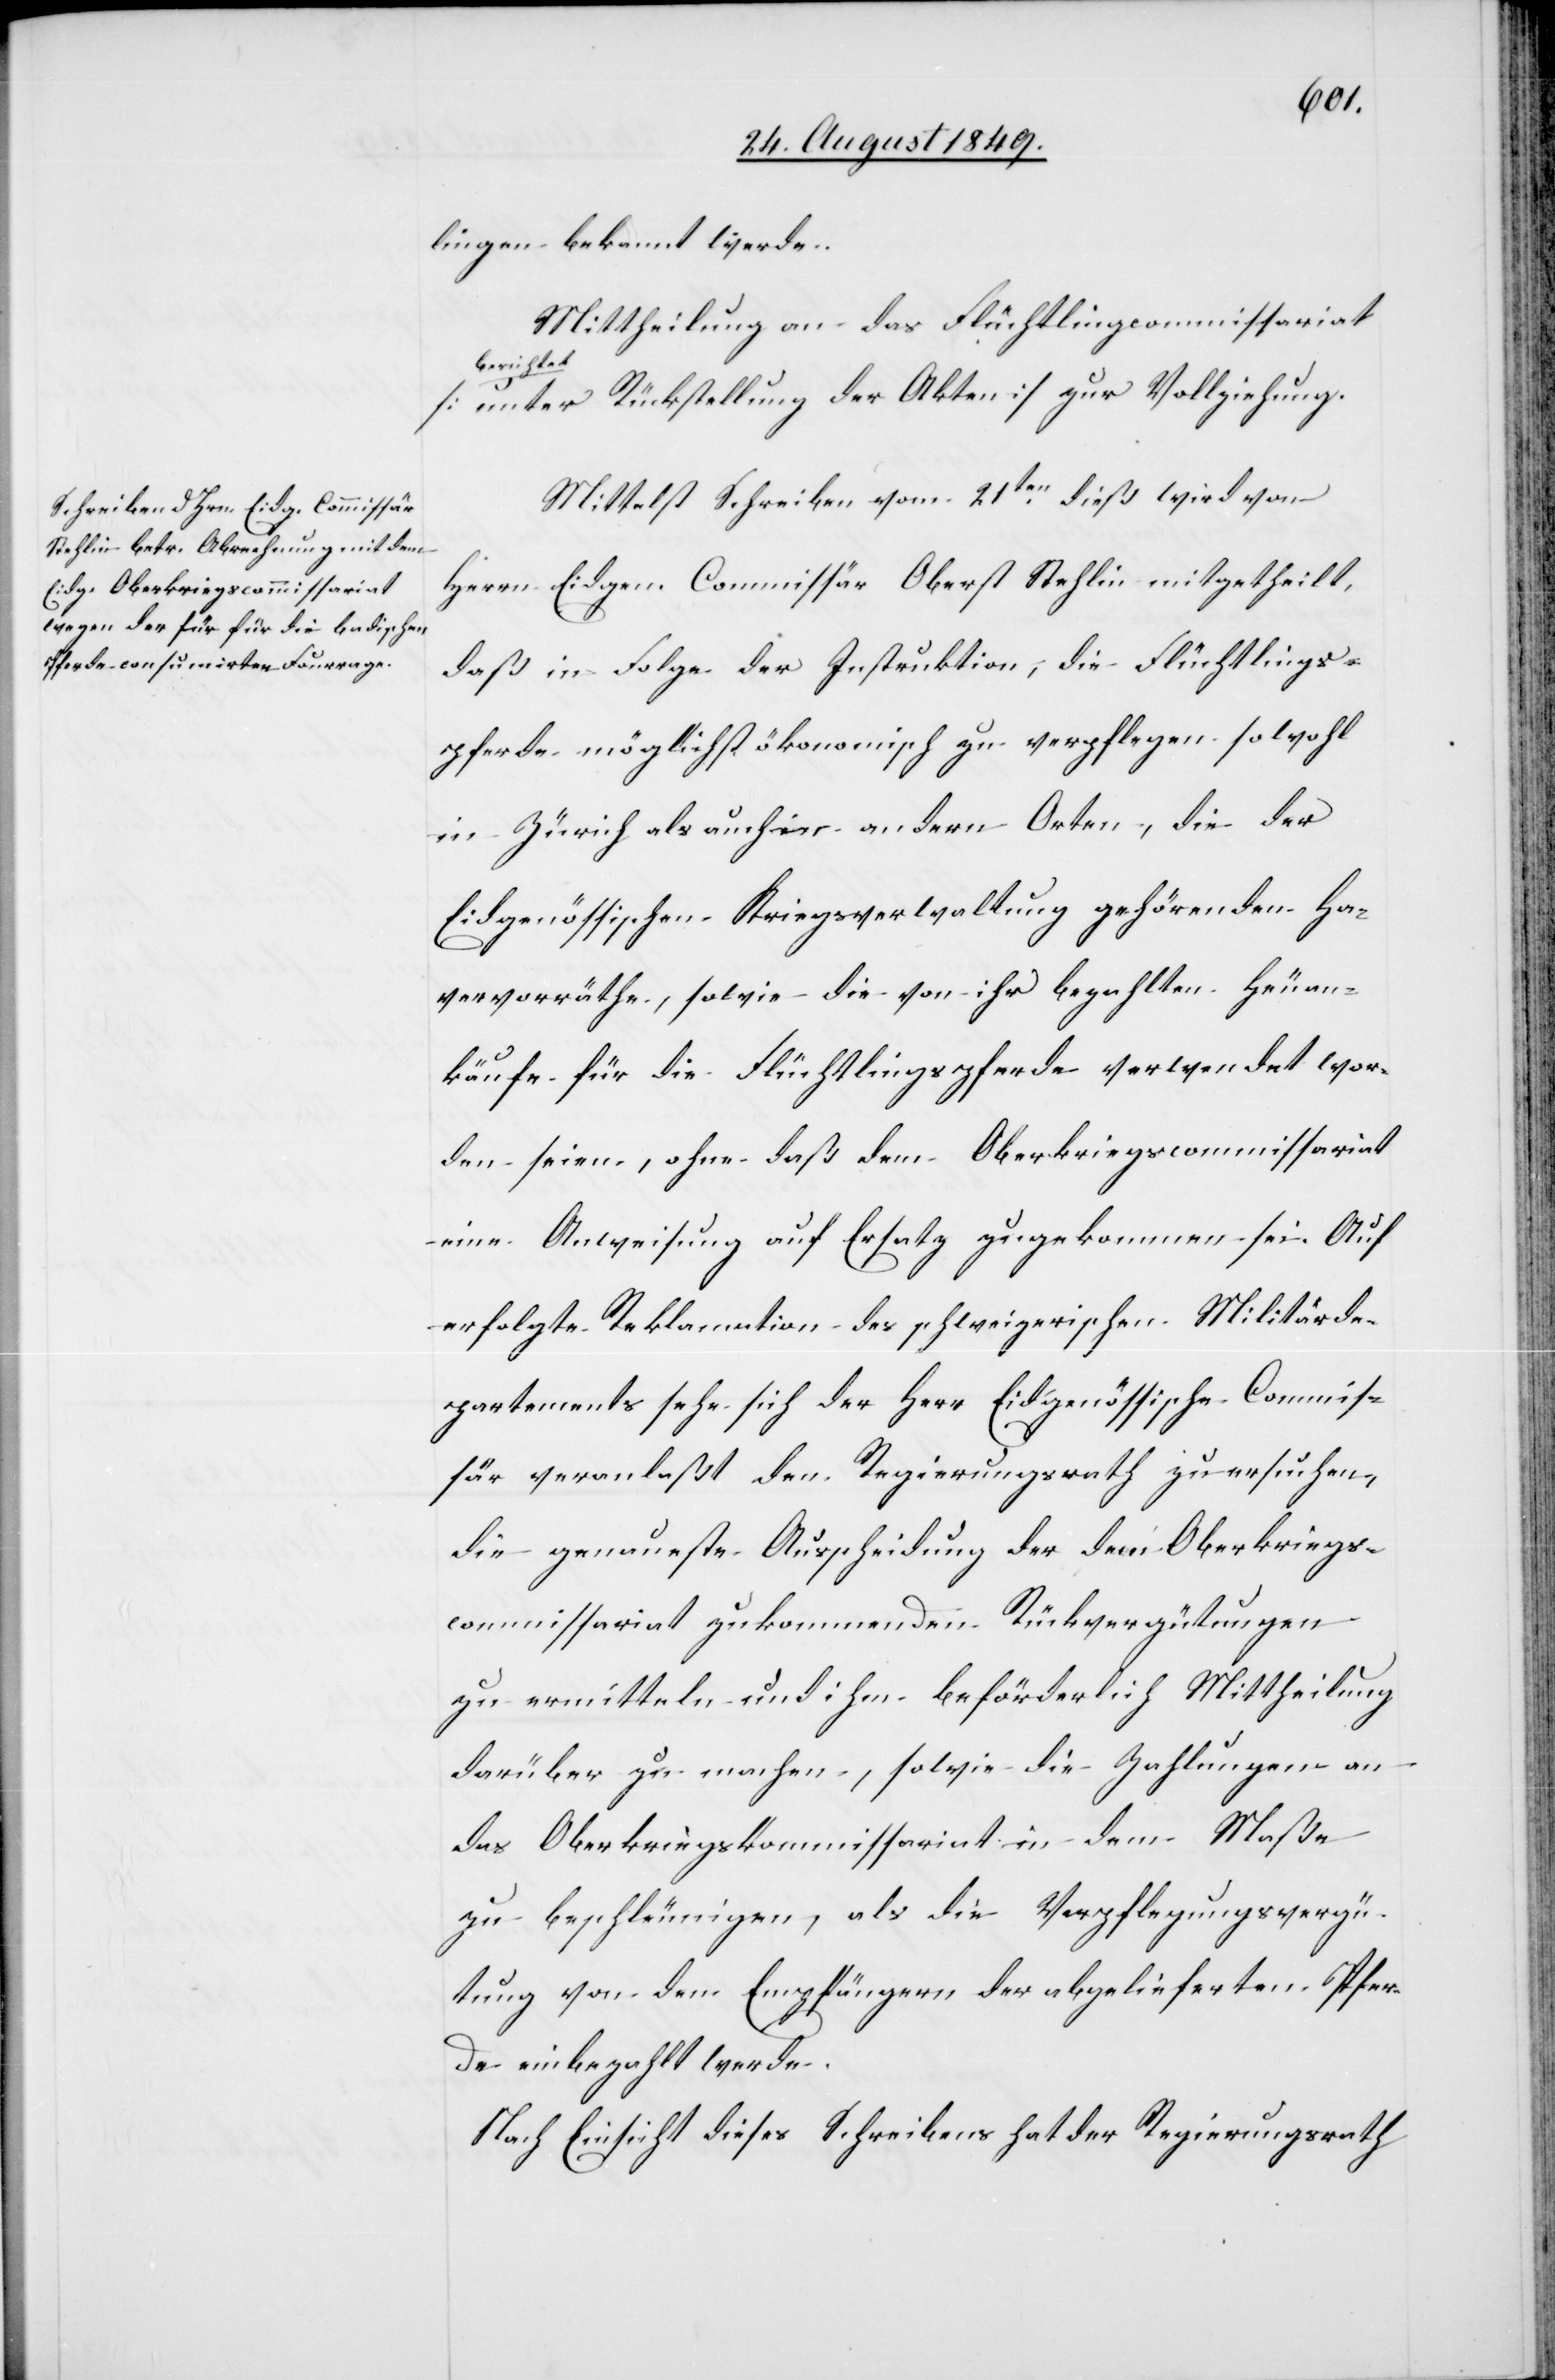
lingen bekannt werde.
Mittheilung an das Flüchtlingscommissariat
berichtet
[unter Rückstellung der Akten] zur Vollziehung.
Mittelst Schreiben vom 21ten dieß wird von
Herrn Eidgen. Commissär Oberst Stehlin mitgetheilt,
daß in Folge der Instruktion, die Flüchtlings¬
pferde möglichst ökonomisch zu verpflegen sowohl
in Zürich als auch in andern Orten, die der
Eidgenössischen Kriegsverwaltung gehörenden Ha¬
vervorräthe, sowie die von ihr bezahlten Heuan¬
käufe für die Flüchtlingspferde verwendet wor¬
den seien, ohne daß dem Oberkriegscommissariat
eine Anweisung auf Ersatz zugekommen sei. Auf
erfolgte Reklamation des schweizerischen Militärde¬
partements sehe sich der Herr Eidgenössische Commis¬
sär veranlaßt den Regierungsrath zu ersuchen,
die genaueste Ausscheidung der dem Oberkriegs¬
commissariat zukommenden Rückvergütungen
zu ermitteln und ihm beförderlich Mittheilung
darüber zu machen, sowie die Zahlungen an
das Oberkriegskommissariat in dem Maße
zu beschleunigen, als die Verpflegungsvergü¬
tung von den Empfängern der abgelieferten Pfer¬
de einbezahlt werde.
Nach Einsicht dieses Schreibens hat der Regierungsrath